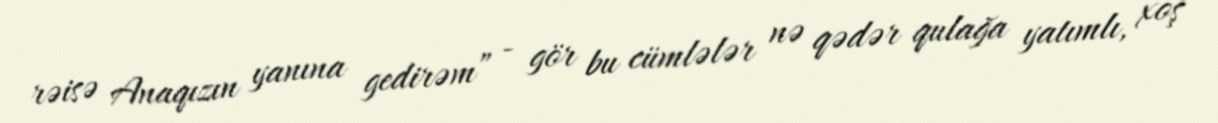
rəisə Anaqızın yanına gedirəm” - gör bu cümlələr nə qədər qulağa yatımlı, xoş